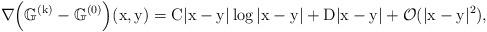
LaTeX: \begin{align*}\nabla\Big(\mathbb{G}^{(\mathrm{k})}- \mathbb{G}^{(0)}\Big)(\mathrm{x},\mathrm{y}) = \mathrm{C} |\mathrm{x}-\mathrm{y}|\log{|\mathrm{x}-\mathrm{y}|} + \mathrm{D} |\mathrm{x}-\mathrm{y}| + \mathcal{O}(|\mathrm{x}-\mathrm{y}|^2),\end{align*}